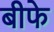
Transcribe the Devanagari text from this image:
बीफे